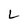
Character: L